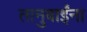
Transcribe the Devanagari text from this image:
तानुबाईंना